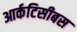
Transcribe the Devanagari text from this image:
आर्कटिसीबस